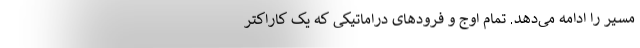
مسیر را ادامه می‌دهد. تمام اوج و فرودهای دراماتیکی که یک کاراکتر